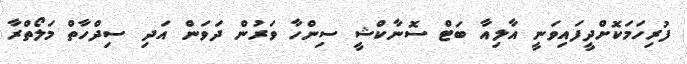
ފުރިހަމަކޮށްދީފައިވަނީ އާލިއާ ބަޓް ސޮނާކްޝީ ސިންހާ ވަރުން ދަވަން އަދި ސިދްހާތް މަލޯތްރާ